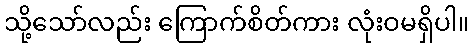
သို့သော်လည်း ကြောက်စိတ်ကား လုံးဝမရှိပါ။